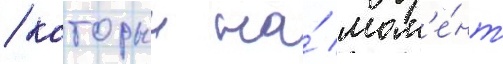
/ которыи на́ мом'е́нт